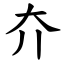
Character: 夰